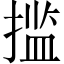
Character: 㨫